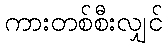
ကားတစ်စီးလျှင်